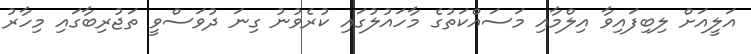
އަލީއަށް ލިބިފައިވާ އިލްމާއި މަސައްކަތުގެ މާހައުލުގައި ކުރެވުނު ގިނަ ދުވަސްވީ ތަޖުރިބާގައި މިހާރު